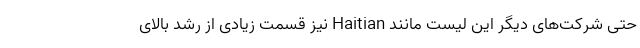
حتی شرکت‌های دیگر این لیست مانند Haitian نیز قسمت زیادی از رشد بالای